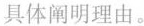
具体阐明理由。